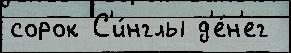
сорок С'и́нглы д'е́н'ег